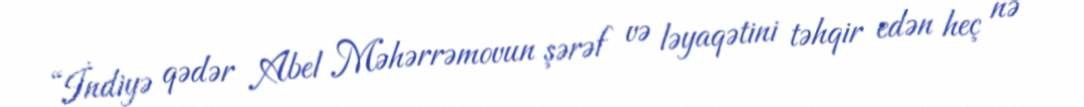
“İndiyə qədər Abel Məhərrəmovun şərəf və ləyaqətini təhqir edən heç nə